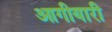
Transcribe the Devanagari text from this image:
आगीयारी